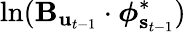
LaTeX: \ln(\mathbf{B}_{\mathbf{u}_{t-1}}\cdot\boldsymbol{\phi}_{\mathbf{s}_{t-1}}^{*})